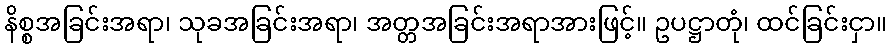
နိစ္စအခြင်းအရာ၊ သုခအခြင်းအရာ၊ အတ္တအခြင်းအရာအားဖြင့်။ ဥပဋ္ဌာတုံ၊ ထင်ခြင်းငှာ။